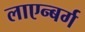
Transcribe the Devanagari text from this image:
लाएन्बर्ग